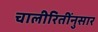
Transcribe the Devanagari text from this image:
चालीरितींनुसार